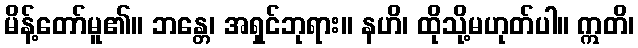
မိန့်တော်မူ၏။ ဘန္တေ၊ အရှင်ဘုရား။ နဟိ၊ ထိုသို့မဟုတ်ပါ။ ဣတိ၊